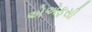
એએફસી